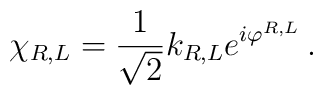
\chi_{R,L} = \frac {1}{\sqrt{2}} k_{R,L} e^{i\varphi^{R,L}} \, .